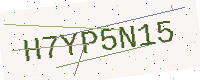
Text: H7YP5N15